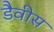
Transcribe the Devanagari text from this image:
डैवीस